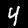
Digit: 4